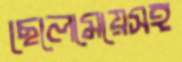
ছেলেমেয়েসহ